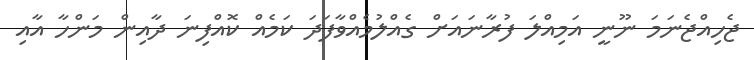
ޖެހިއްޖެނަމަ ނޫނީ އަމިއްލަ ފުރާނައަށް ގެއްލުމެއްވާފަދަ ކަމެއް ކޮއްފިނަ ދާއިން މަންހާ އާއި